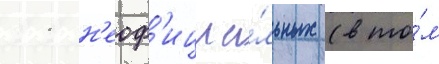
11 н'еоф'ициа́льных (в то́м